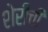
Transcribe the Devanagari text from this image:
शेरीची